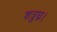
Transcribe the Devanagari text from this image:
शत्रुघ्न।